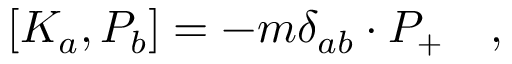
\left[ K _ { a } , P _ { b } \right] = - m \delta _ { a b } \cdot P _ { + } \quad ,